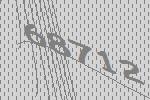
68712